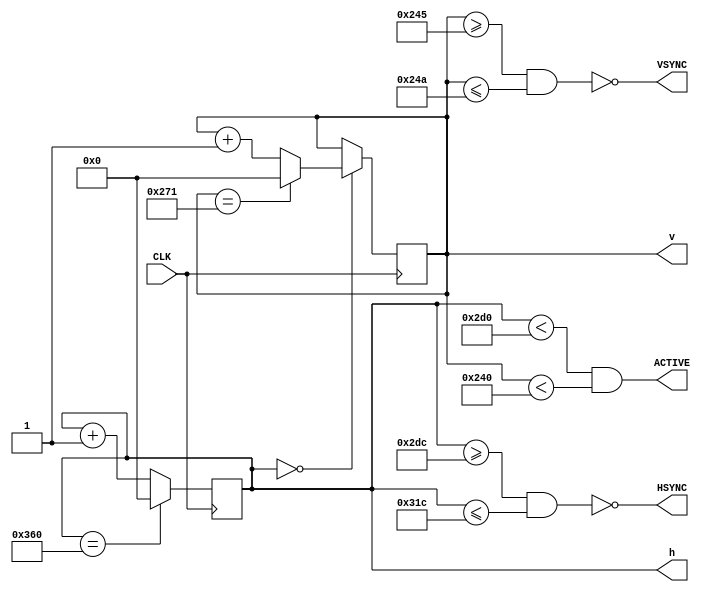
module sync(
    input               CLK,        // Pixel clock
    output              HSYNC,      // Horizontal sync pulse
    output              VSYNC,      // Vertical sync pulse
    output              ACTIVE,     // Active picture flag
    output reg [12:0]   h,          // Current horizontal position
    output reg [12:0]   v           // Current vertical position
);

    // 576p SD Timing Parameters
    localparam H_ACTIVE = 720;
    localparam H_FPORCH = 12;
    localparam H_SYNC_S = 732;
    localparam H_SYNC_L = 64;
    localparam H_SYNC_E = 796;
    localparam H_BPORCH = 68;
    localparam H_TOTAL  = 864;
    localparam V_ACTIVE = 576;
    localparam V_FPORCH = 5;
    localparam V_SYNC_S = 581;
    localparam V_SYNC_L = 5;
    localparam V_SYNC_E = 586;
    localparam V_BPORCH = 39;
    localparam V_TOTAL  = 625;
    localparam PIX_FREQ = 27e6;

    // Update pixel position
    always @(posedge CLK) begin
        // Increment horizontal position
        // or reset if at last column in frame
        h <= h == H_TOTAL ? 0 : h + 1;

        // Increment vertical position after horizontal position reset
        // or reset if at last row in frame
        v = h == 0 ? (
            v == V_TOTAL ? 0 : v + 1
        ) : v;
    end


    // Generate horizontal and vertical sync pulses
    assign HSYNC  = ~( h >= H_SYNC_S && h <= H_SYNC_E );
    assign VSYNC  = ~( v >= V_SYNC_S && v <= V_SYNC_E );
    assign ACTIVE = h < H_ACTIVE && v < V_ACTIVE;

endmodule